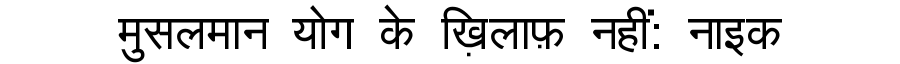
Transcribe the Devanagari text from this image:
मुसलमान योग के ख़िलाफ़ नहीं: नाइक